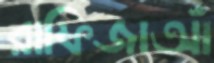
রাফিজাআঁ